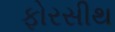
ફોરસીથ